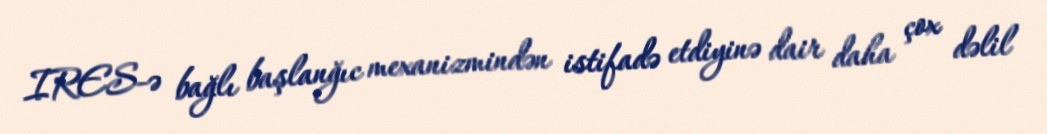
IRES-ə bağlı başlanğıc mexanizmindən istifadə etdiyinə dair daha çox dəlil